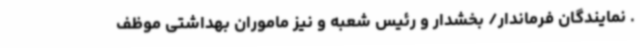
. نمایندگان فرماندار/ بخشدار و رئیس شعبه و نیز ماموران بهداشتی موظف